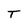
Character: T